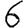
Digit: 6